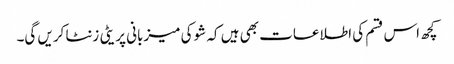
کچھ اس قسم کی اطلاعات بھی ہیں کہ شو کی میزبانی پریٹی زنٹا کریں گی۔